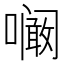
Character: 㘎